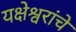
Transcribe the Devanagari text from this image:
यक्षेश्वरांचे